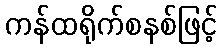
ကန်ထရိုက်စနစ်ဖြင့်